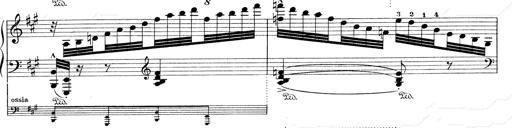
Title: Mephisto Waltz No.1
Composer: Franz Liszt